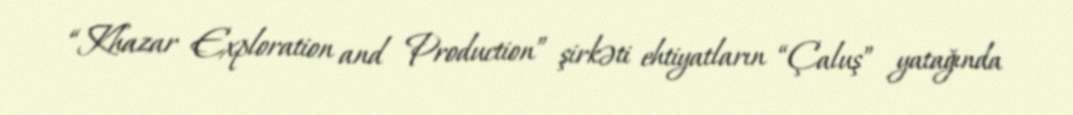
“Khazar Exploration and Production” şirkəti ehtiyatların “Çaluş” yatağında